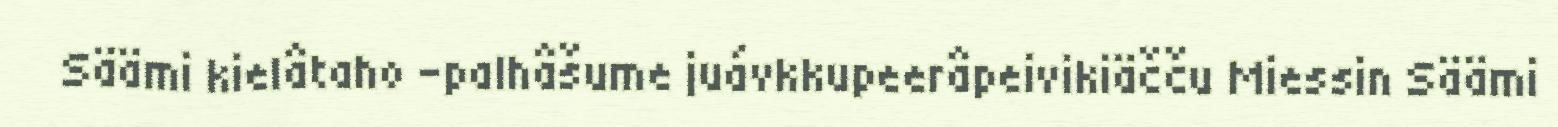
Säämi kielâtaho -palhâšume juávkkupeerâpeivikiäčču Miessin Säämi